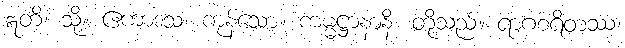
ဣတိ၊ သို့။ ဧကာဒသ၊ ကုန်သော။ ကမ္မဋ္ဌာနာနိ၊ တို့သည်။ ရာဂစရိတဿ၊